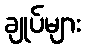
ချုပ်များ